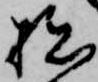
拙